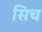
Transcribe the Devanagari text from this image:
सिच